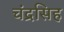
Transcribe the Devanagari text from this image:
चंद्रसिह